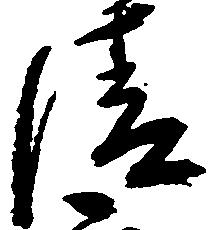
清